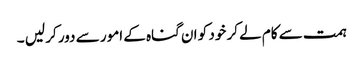
ہمت سے کام لے کر خود کو ان گناہ کے امور سے دور کر لیں ۔